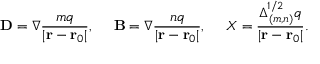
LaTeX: { \bf D } = \nabla { \frac { m q } { | { \bf r } - { \bf r } _ { 0 } | } } , \ \ \ \ { \bf B } = \nabla { \frac { n q } { | { \bf r } - { \bf r } _ { 0 } | } } , \ \ \ \ X = { \frac { \Delta _ { ( m , n ) } ^ { 1 / 2 } q } { | { \bf r } - { \bf r } _ { 0 } | } } .